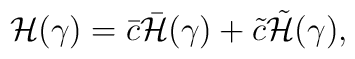
{\cal H}(\gamma) = \bar{c} \bar{\cal H}(\gamma) + \tilde{c} \tilde{\cal H}(\gamma).